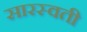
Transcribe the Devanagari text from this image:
सारस्वती